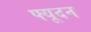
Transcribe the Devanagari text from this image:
फ्यूदन